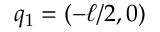
q _ { 1 } = ( - \ell / 2 , 0 )